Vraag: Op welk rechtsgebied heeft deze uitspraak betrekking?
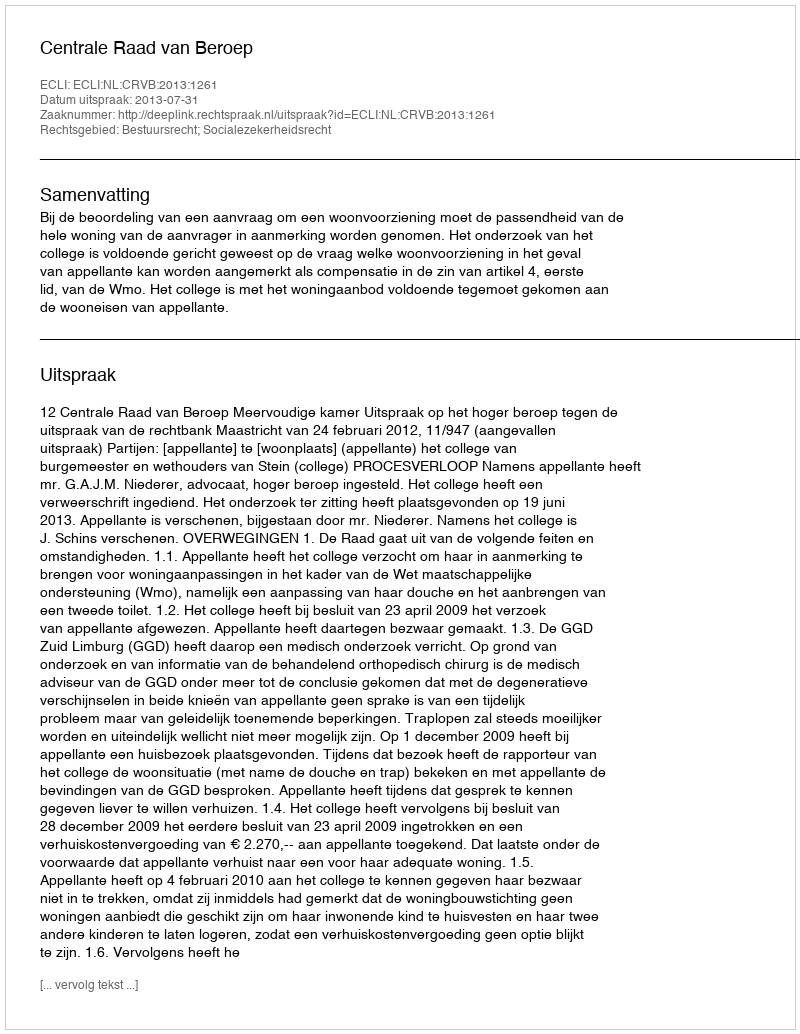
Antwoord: Bestuursrecht; Socialezekerheidsrecht